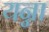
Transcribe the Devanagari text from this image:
यन्ना